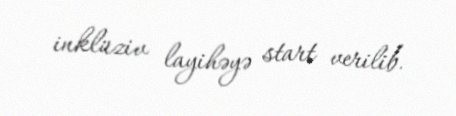
inklüziv layihəyə start verilib.